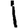
Digit: 1